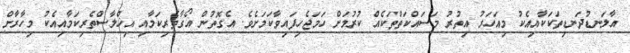
އާލަނޑުދަނޑިތަކަކާއިއެކު މިއަހަރު އިތުރު މަސައްކަތްތަކެއް ކުރުމަށް ހަމަޖެހިފައިވާކަމަށެވެ. އެގޮތުން އޯގާތެރިކަމާއި އިޚްލާސްތެރިކަމާއިއެކު މިހާރާށް